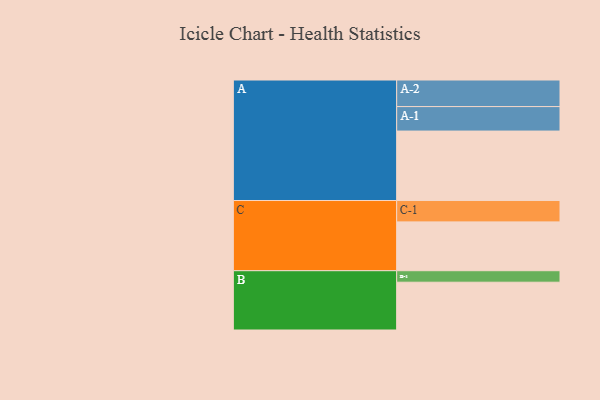
{"axis": {"x": "Segment", "y": "Value"}, "legend": ["", "A", "B", "C"], "data": [{"x": "A", "y": 465, "type": ""}, {"x": "B", "y": 320, "type": ""}, {"x": "C", "y": 327, "type": ""}, {"x": "A-1", "y": 164, "type": "A"}, {"x": "A-2", "y": 178, "type": "A"}, {"x": "B-1", "y": 77, "type": "B"}, {"x": "C-1", "y": 143, "type": "C"}]}